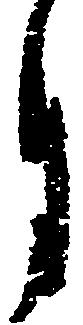
月